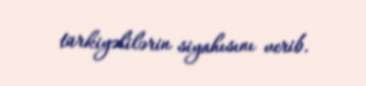
türkiyəlilərin siyahısını verib.